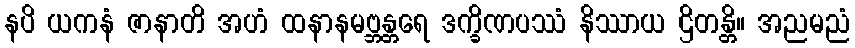
နပိ ယကနံ ဇာနာတိ အဟံ ထနာနမဗ္ဘန္တရေ ဒက္ခိဏပဿံ နိဿာယ ဌိတန္တိ။ အညမညံ